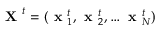
\textbf { X } ^ { t } = ( \textbf { x } _ { 1 } ^ { t } , \textbf { x } _ { 2 } ^ { t } , \dots \textbf { x } _ { N } ^ { t } )